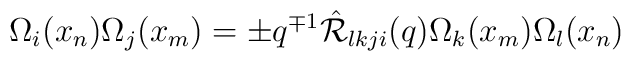
\Omega_{i}(x_{n})\Omega_{j}(x_{m})=\pm q^{\mp 1}  \hat{{\cal R}}_{lkji}(q)\Omega_{k}(x_{m})\Omega_{l}(x_{n})